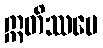
ဣတိဿမေ